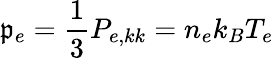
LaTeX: \mathfrak{p}_{e}=\frac{{1}}{{3}}P_{e,kk}=n_{e}k_{B}T_{e}